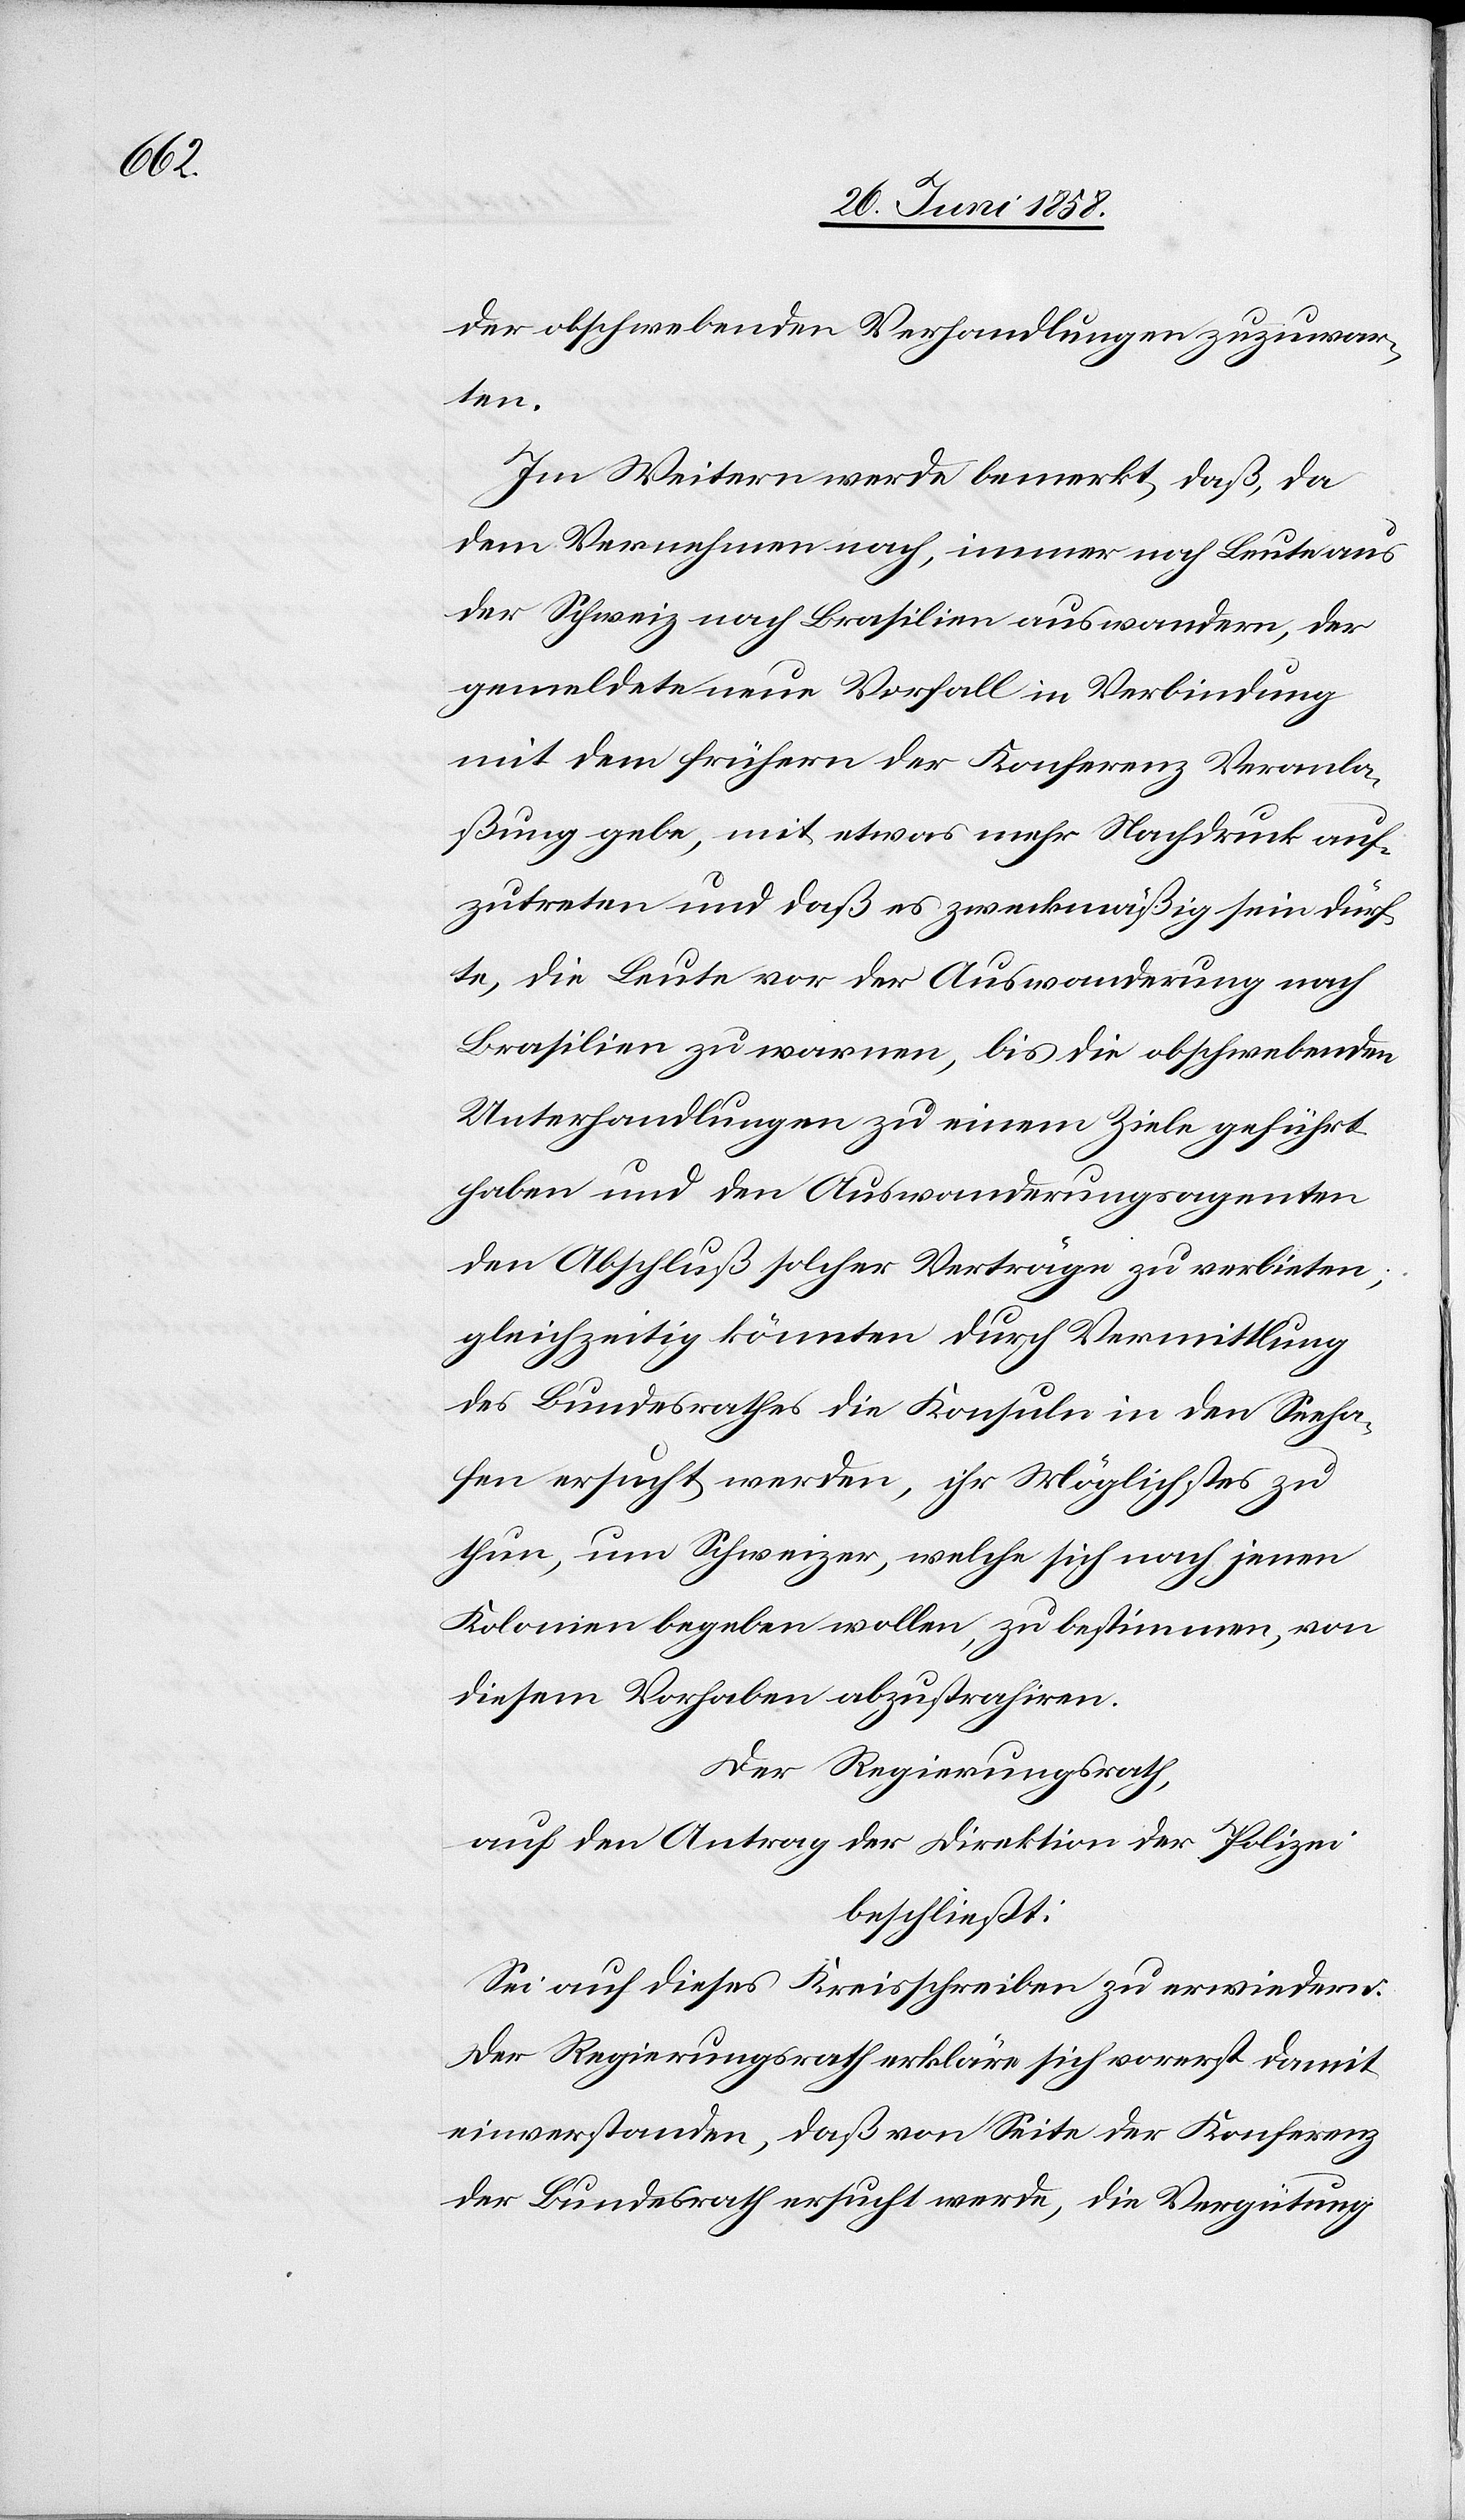
der obschwebenden Verhandlungen zuzuwar¬
ten.
Im Weitern werde bemerkt, daß, da
dem Vernehmen nach, immer noch Leute aus
der Schweiz nach Brasilien auswandern, der
gemeldete neue Vorfall in Verbindung
mit dem frühern der Konferenz Veranla¬
ßung gebe, mit etwas mehr Nachdruck auf¬
zutreten und daß es zweckmäßig sein dürf¬
te, die Leute vor der Auswanderung nach
Brasilien zu warnen, bis die obschwebenden
Unterhandlungen zu einem Ziele geführt
haben und den Auswanderungsagenten
den Abschluß solcher Verträge zu verbieten;
gleichzeitig könnten durch Vermittlung
des Bundesrathes die Konsuln in den Seeha¬
fen ersucht werden, ihr Möglichstes zu
thun, um Schweizer, welche sich nach jenen
Kolonien begeben wollen, zu bestimmen, von
diesem Vorhaben abzustrahiren.
Der Regierungsrath,
auf den Antrag der Direktion der Polizei
beschließt:
Sei auf dieses Kreisschreiben zu erwiedern:
Der Regierungsrath erkläre sich vorerst damit
einverstanden, daß von Seite der Konferenz
der Bundesrath ersucht werde, die Vergütung